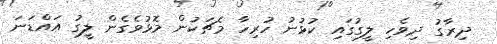
ދިރާގު ދިވެހި ލީގުގައި ކުޅުނު ހުރިހާ މެޗަކުން މޮޅުވެގެން ލީގު އައްޑަނަ